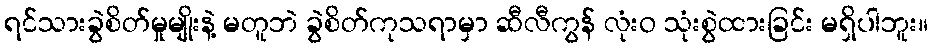
ရင်သားခွဲစိတ်မှုမျိုးနဲ့ မတူဘဲ ခွဲစိတ်ကုသရာမှာ ဆီလီကွန် လုံးဝ သုံးစွဲထားခြင်း မရှိပါဘူး။